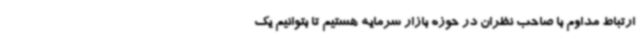
ارتباط مداوم با صاحب نظران در حوزه بازار سرمایه هستیم تا بتوانیم یک